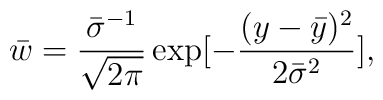
{\bar w}=\frac{{\bar\sigma^{-1}}}{\sqrt{2\pi}}\exp[-\frac{(y-{\bar y})^2}{2{\bar\sigma}^2}],